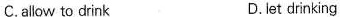
C.allow to drink D.let drinking